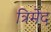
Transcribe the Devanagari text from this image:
त्रिमेद